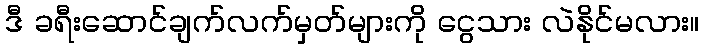
ဒီ ခရီးဆောင်ချက်လက်မှတ်များကို ငွေသား လဲနိုင်မလား။